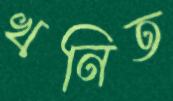
খনিত